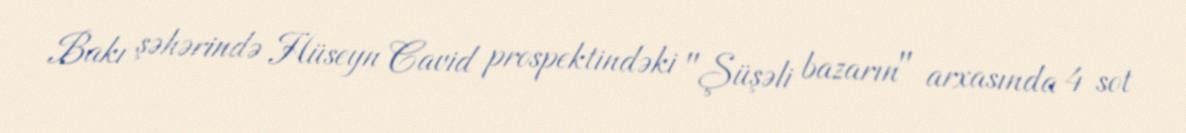
Bakı şəhərində Hüseyn Cavid prospektindəki "Şüşəli bazarın" arxasında 4 sot